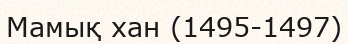
Мамық хан (1495-1497)